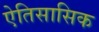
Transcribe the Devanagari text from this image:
ऐतिसासिक